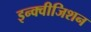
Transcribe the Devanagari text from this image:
इन्क्वीजिशन